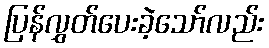
ပြန်လွှတ်ပေးခဲ့သော်လည်း